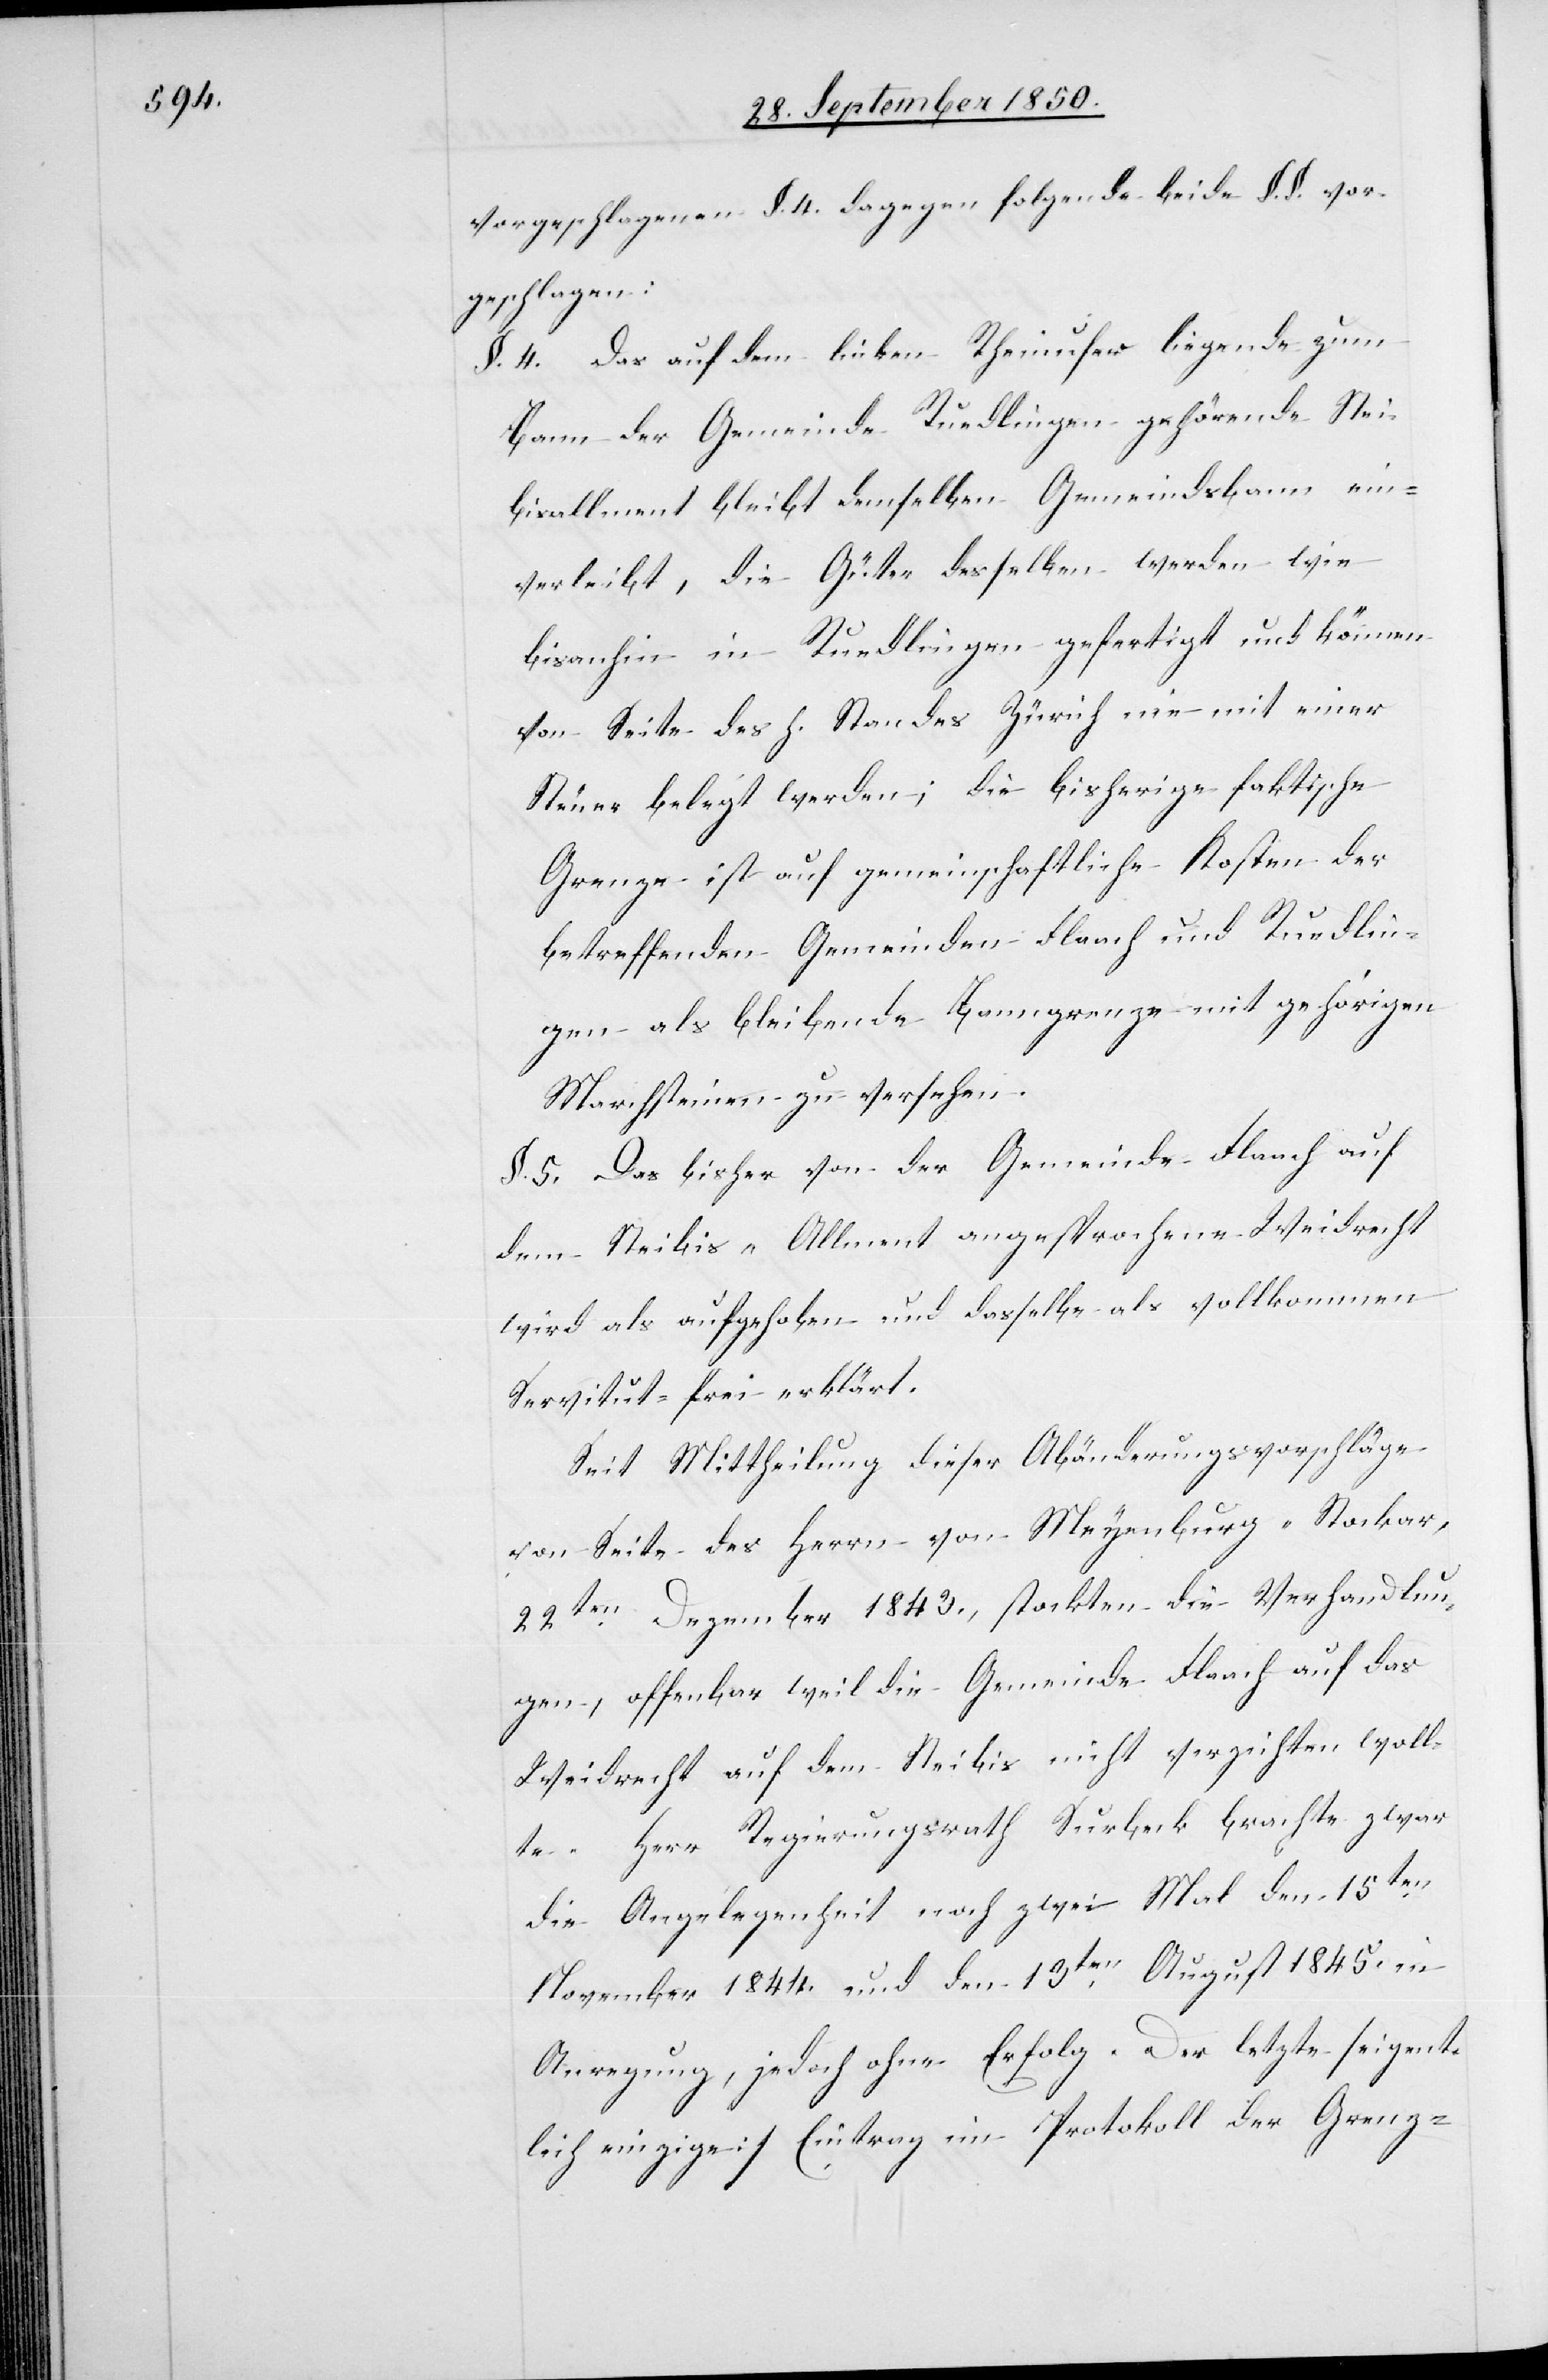
vorgeschlagenen §. 4. dagegen folgende beide §. §. vor¬
geschlagen:
§. 4. Das auf dem linken Rheinufer liegende zum
Bann der Gemeinde Ruedlingen gehörende Stei¬
bisallment bleibt demselben Gemeindsbann ein¬
verleibt, die Güter desselben werden wie
bisanhin in Ruedlingen gefertigt und können
von Seite des h. Standes Zürich nie mit einer
Steuer belegt werden; die bisherige faktische
Grenze ist auf gemeinschaftliche Kosten der
betreffenden Gemeinden Flaach und Ruedlin¬
gen als bleibende Banngrenze mit gehörigen
Marchsteinen zu versehen.
§. 5. Das bisher von der Gemeinde Flaach auf
dem Steibis-Allment angesprochene Weidrecht
wird als aufgehoben und dasselbe als vollkommen
Servitut-frei erklärt.
Seit Mittheilung dieser Abänderungsvorschläge
von Seite des Herrn von Meyenburg-Stockar
22ten Dezember 1843., stockten die Verhandlun¬
gen, offenbar weil die Gemeinde Flaach auf das
Weidrecht auf dem Steibis nicht verzichten woll¬
te. Herr Regierungsrath Surbeck brachte zwar
die Angelegenheit noch zwei Mal den 15ten
November 1844. und den 13ten August 1845. in
Anregung, jedoch ohne Erfolg. Der letzte [eigent¬
lich einzige] Eintrag im Protokoll der Grenz-